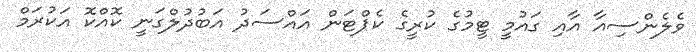
ވެލެންސިއާ އާއި ގައުމީ ޓީމުގެ ކުރީގެ ކެޕްޓަން އައްސަދު އަބުދުލްގަނީ ކޮއްކޮ އަކުރަމް